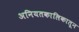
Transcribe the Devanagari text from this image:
अनियतकालिकातून